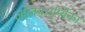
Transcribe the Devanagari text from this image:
ललिथअम्बिका